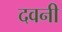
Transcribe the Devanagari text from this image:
दवनी